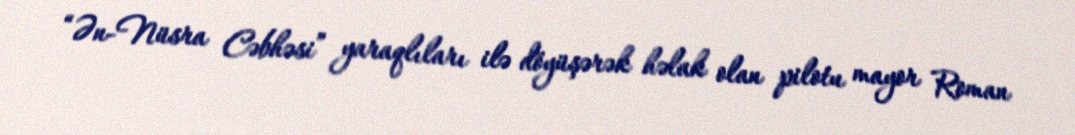
“Ən-Nüsra Cəbhəsi” yaraqlıları ilə döyüşərək həlak olan pilotu mayor Roman